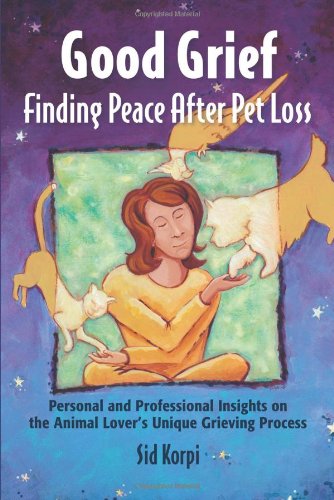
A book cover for Good Grief: Finding Peace After Pet Loss: Personal and Professional Insights on the Animal Lover's Unique Grieving Process; Sid Korpi; Crafts, Hobbies & Home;